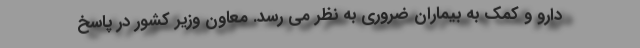
دارو و کمک به بیماران ضروری به نظر می رسد. معاون وزیر کشور در پاسخ